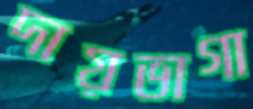
দায়ভাগা